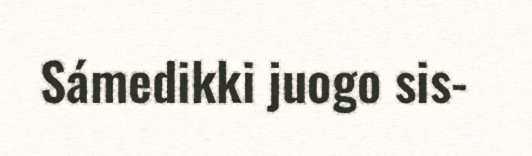
Sámedikki juogo sis-